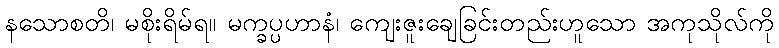
နသောစတိ၊ မစိုးရိမ်ရ။ မက္ခပ္ပဟာနံ၊ ကျေးဇူးချေခြင်းတည်းဟူသော အကုသိုလ်ကို